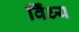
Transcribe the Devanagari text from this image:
विँध्य